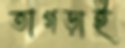
তাগড়াই